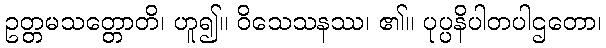
ဥတ္တမသတ္တောတိ၊ ဟူ၍။ ဝိသေသနဿ၊ ၏။ ပုပ္ပနိပါတပါဌတော၊